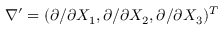
\nabla ^ { \prime } = ( \partial / \partial X _ { 1 } , \partial / \partial X _ { 2 } , \partial / \partial X _ { 3 } ) ^ { T }